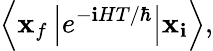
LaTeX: \left\langle\mathbf{x}_{f}\left|e^{-\mathbf{i}HT/\hbar}\right|\mathbf{x}_{\mathbf{i}}\right\rangle,